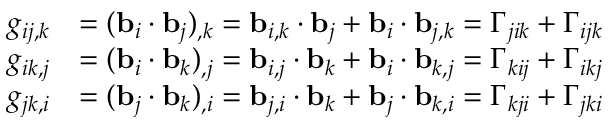
{ \begin{array} { r l } { g _ { i j , k } } & { = ( \mathbf { b } _ { i } \cdot \mathbf { b } _ { j } ) _ { , k } = \mathbf { b } _ { i , k } \cdot \mathbf { b } _ { j } + \mathbf { b } _ { i } \cdot \mathbf { b } _ { j , k } = \Gamma _ { j i k } + \Gamma _ { i j k } } \\ { g _ { i k , j } } & { = ( \mathbf { b } _ { i } \cdot \mathbf { b } _ { k } ) _ { , j } = \mathbf { b } _ { i , j } \cdot \mathbf { b } _ { k } + \mathbf { b } _ { i } \cdot \mathbf { b } _ { k , j } = \Gamma _ { k i j } + \Gamma _ { i k j } } \\ { g _ { j k , i } } & { = ( \mathbf { b } _ { j } \cdot \mathbf { b } _ { k } ) _ { , i } = \mathbf { b } _ { j , i } \cdot \mathbf { b } _ { k } + \mathbf { b } _ { j } \cdot \mathbf { b } _ { k , i } = \Gamma _ { k j i } + \Gamma _ { j k i } } \end{array} }